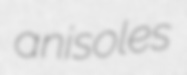
anisoles